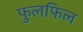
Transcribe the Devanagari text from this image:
फुलफिल